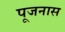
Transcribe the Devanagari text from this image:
पूजनास